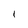
Character: 1